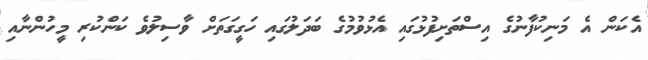
އެކަން އެ މަނިކުފާނުގެ އިސްތަށިފުޅުގައި އެޅުވުމުގެ ބަދަލުގައި ހަގީގަތަށް ވާސިލުވެ ކަންކުރި މީހުންނާއި